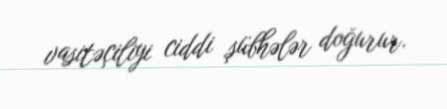
vasitəçiliyi ciddi şübhələr doğurur.